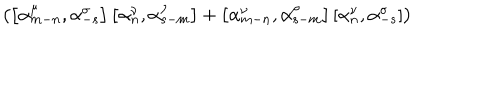
\left( \left[ { \alpha } _ { m - n } ^ { \mu } , { \alpha } _ { - s } ^ { \sigma } \right] \left[ { \alpha } _ { n } ^ { \nu } , { \alpha } _ { s - m } ^ { \rho } \right] + \left[ { \alpha } _ { m - n } ^ { \nu } , { \alpha } _ { s - m } ^ { \rho } \right] \left[ { \alpha } _ { n } ^ { \nu } , { \alpha } _ { - s } ^ { \sigma } \right] \right)